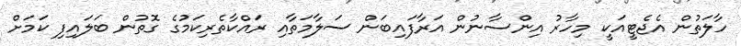
ހާލަތުން އެޖެޓީއަކީ މިހާރު އިންސާނުން އަރާފައިބަން ސަލާމަތާއި ރައްކާތެރިކަމުގެ ގޮތުން ބަލައިފި ކަަމަށް